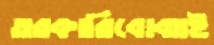
তরকারিবোঝাই